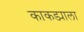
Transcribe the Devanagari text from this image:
काकड्याला